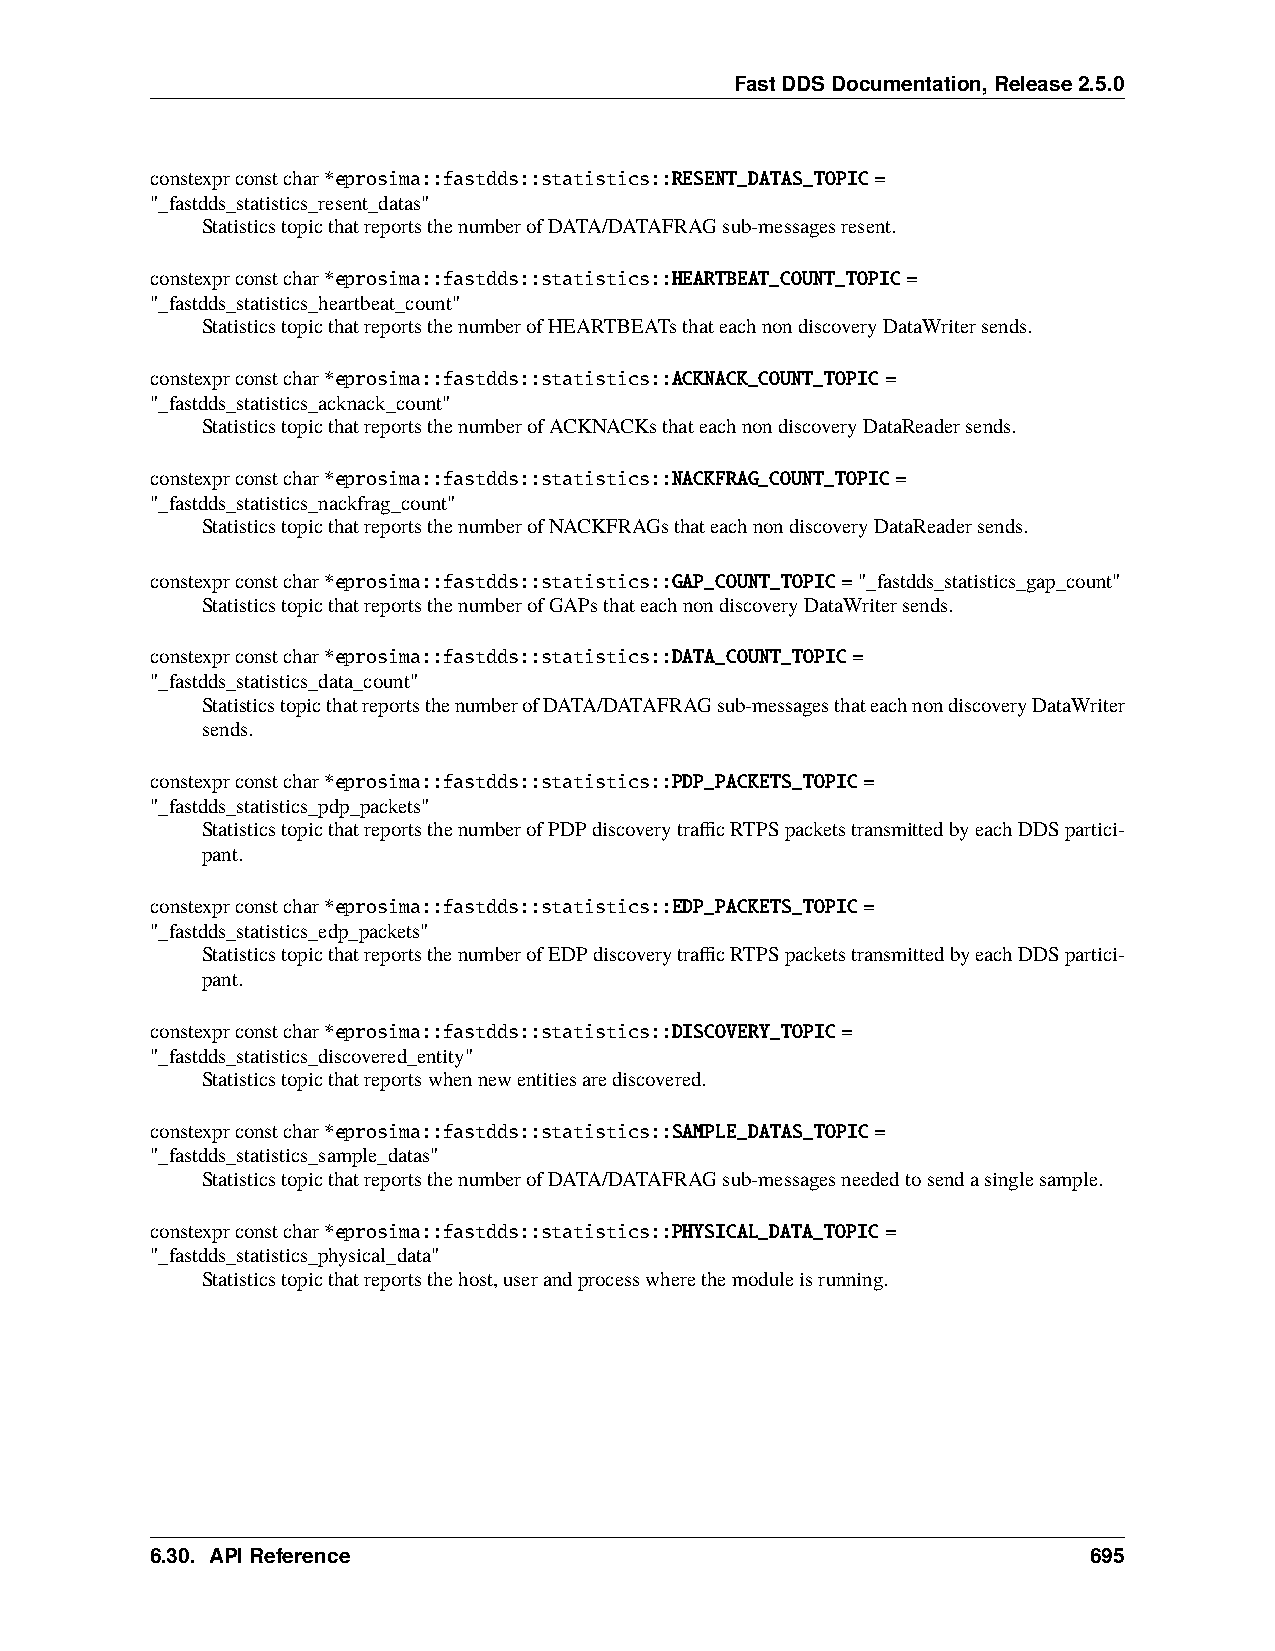
FastDDSDocumentation,Release2.5.0
 constexprconstchar*eprosima::fastdds::statistics::RESENT_DATAS_TOPIC=
 "_fastdds_statistics_resent_datas"
 StatisticstopicthatreportsthenumberofDATA/DATAFRAGsub-messagesresent.
 constexprconstchar*eprosima::fastdds::statistics::HEARTBEAT_COUNT_TOPIC=
 "_fastdds_statistics_heartbeat_count"
 StatisticstopicthatreportsthenumberofHEARTBEATsthateachnondiscoveryDataWritersends.
 constexprconstchar*eprosima::fastdds::statistics::ACKNACK_COUNT_TOPIC=
 "_fastdds_statistics_acknack_count"
 StatisticstopicthatreportsthenumberofACKNACKsthateachnondiscoveryDataReadersends.
 constexprconstchar*eprosima::fastdds::statistics::NACKFRAG_COUNT_TOPIC=
 "_fastdds_statistics_nackfrag_count"
 StatisticstopicthatreportsthenumberofNACKFRAGsthateachnondiscoveryDataReadersends.
 constexprconstchar*eprosima::fastdds::statistics::GAP_COUNT_TOPIC="_fastdds_statistics_gap_count"
 StatisticstopicthatreportsthenumberofGAPsthateachnondiscoveryDataWritersends.
 constexprconstchar*eprosima::fastdds::statistics::DATA_COUNT_TOPIC=
 "_fastdds_statistics_data_count"
 StatisticstopicthatreportsthenumberofDATA/DATAFRAGsub-messagesthateachnondiscoveryDataWriter
 sends.
 constexprconstchar*eprosima::fastdds::statistics::PDP_PACKETS_TOPIC=
 "_fastdds_statistics_pdp_packets"
 StatisticstopicthatreportsthenumberofPDPdiscoverytrafficRTPSpacketstransmittedbyeachDDSpartici-
 pant.
 constexprconstchar*eprosima::fastdds::statistics::EDP_PACKETS_TOPIC=
 "_fastdds_statistics_edp_packets"
 StatisticstopicthatreportsthenumberofEDPdiscoverytrafficRTPSpacketstransmittedbyeachDDSpartici-
 pant.
 constexprconstchar*eprosima::fastdds::statistics::DISCOVERY_TOPIC=
 "_fastdds_statistics_discovered_entity"
 Statisticstopicthatreportswhennewentitiesarediscovered.
 constexprconstchar*eprosima::fastdds::statistics::SAMPLE_DATAS_TOPIC=
 "_fastdds_statistics_sample_datas"
 StatisticstopicthatreportsthenumberofDATA/DATAFRAGsub-messagesneededtosendasinglesample.
 constexprconstchar*eprosima::fastdds::statistics::PHYSICAL_DATA_TOPIC=
 "_fastdds_statistics_physical_data"
 Statisticstopicthatreportsthehost,userandprocesswherethemoduleisrunning.
 6.30. APIReference                                            695